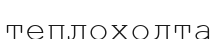
теплоходта